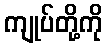
ကျုပ်တို့ကို